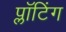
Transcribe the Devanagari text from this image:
प्लॉटिंग